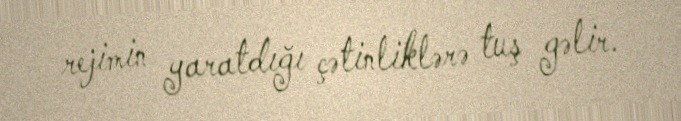
rejimin yaratdığı çətinliklərə tuş gəlir.